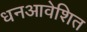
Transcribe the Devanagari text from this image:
धनआवेशित